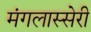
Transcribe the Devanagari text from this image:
मंगलास्सेरी